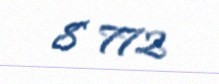
8 772